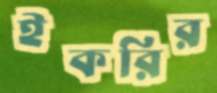
ইকরির